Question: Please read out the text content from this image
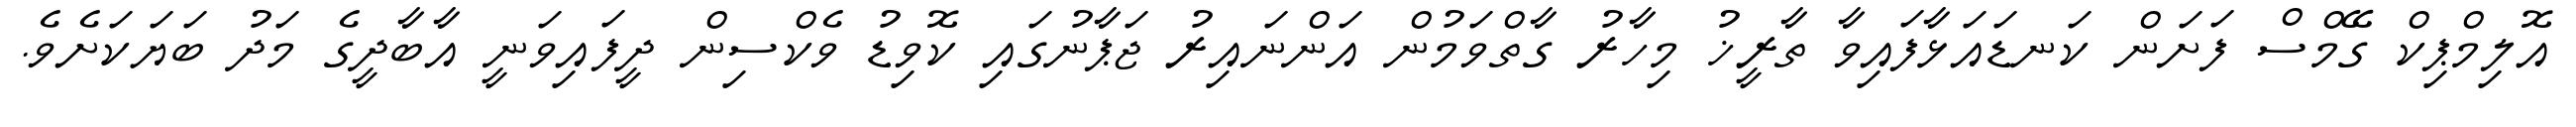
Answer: އޮލިމްޕިކް ގޭމްސް ފަށަން ކަނޑައަޅާފައިވާ ތާރީޚު މިހާރު ގާތްވަމުން އަންނައިރު ޖަޕާނުގައި ކޮވިޑު ވެކްސިން ދީފައިވަނީ އާބާދީގެ މަދު ބަޔަކަށެވެ.